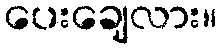
ပေးချေလား။